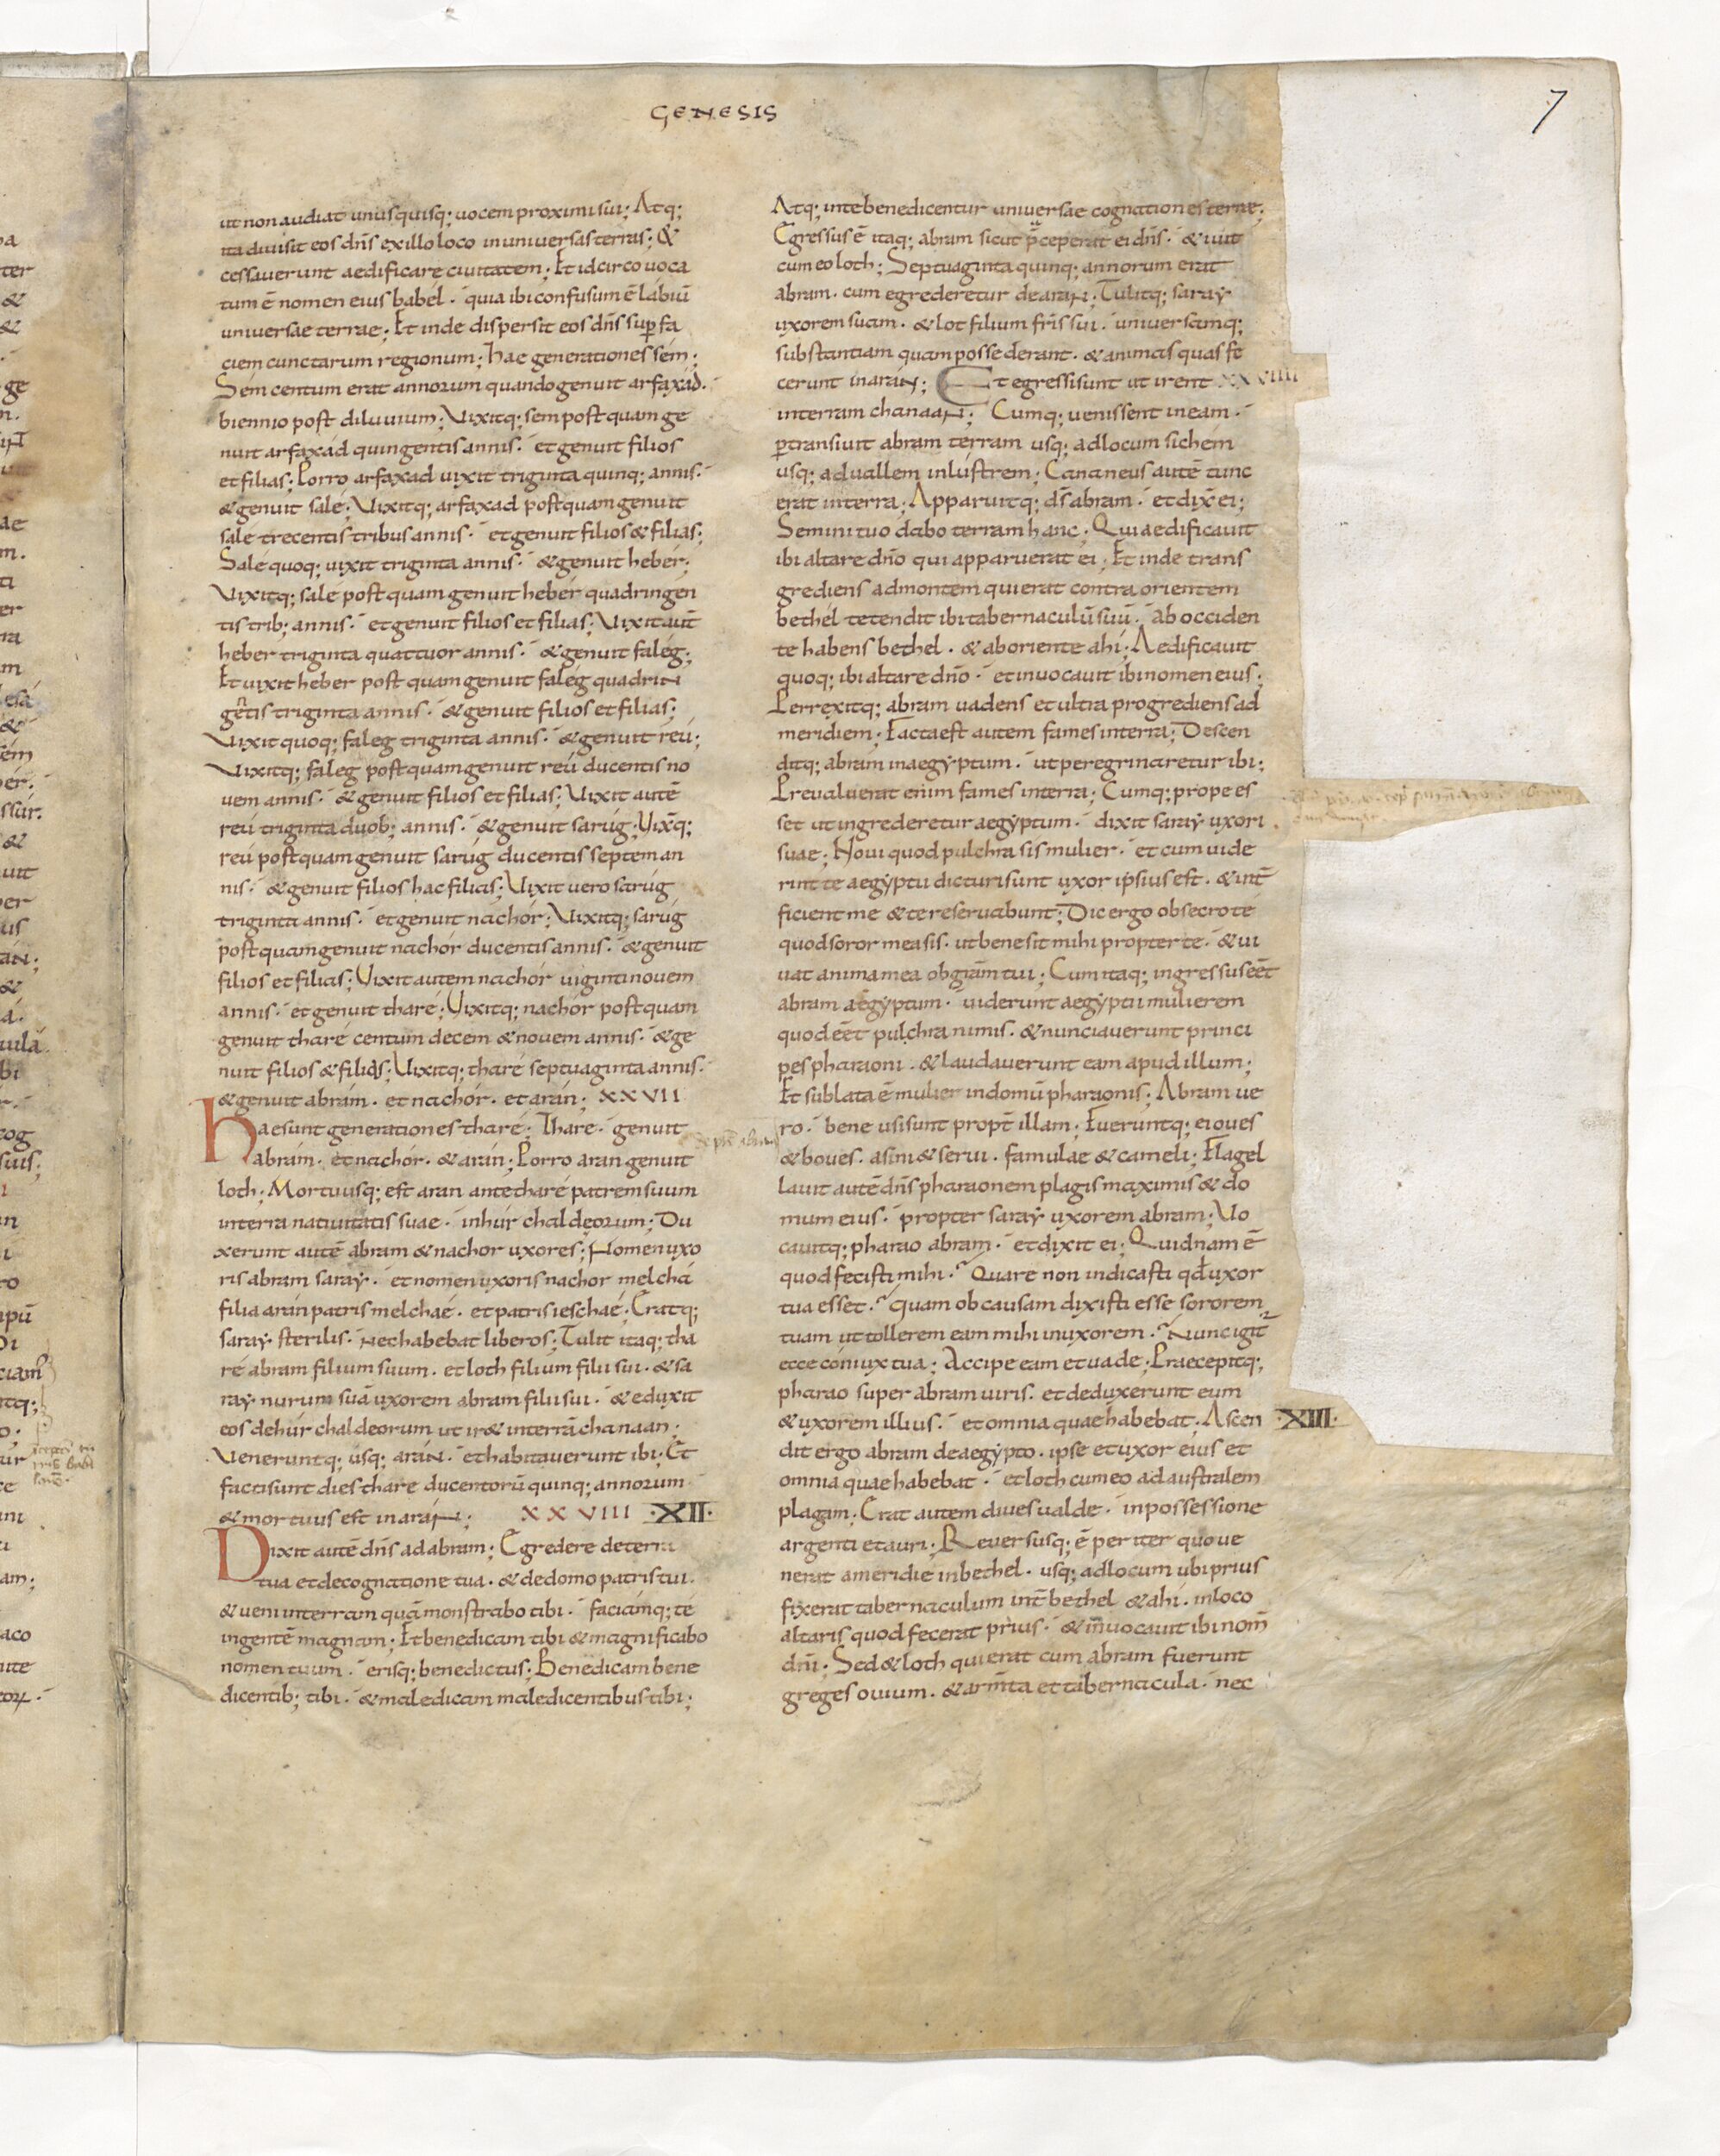
Shelfmark: Paris, BnF, lat. 15176
Century: 11